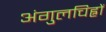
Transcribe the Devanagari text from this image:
अंगुलचिह्नों